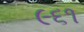
૯૬૧